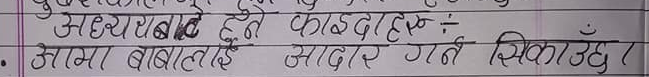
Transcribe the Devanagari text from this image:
मध्ययनबाट हुने फाइदाहरू:
आमा बाबलाई सादर गर्न सिकाउछ।